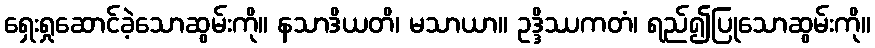
ရှေးရှုဆောင်ခဲ့သောဆွမ်းကို။ နသာဒိယတိ၊ မသာယာ။ ဥဒ္ဒိဿကတံ၊ ရည်၍ပြုသောဆွမ်းကို။